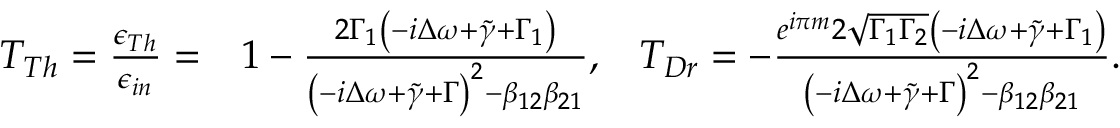
\begin{array} { r l r } { T _ { T h } = \frac { \epsilon _ { T h } } { \epsilon _ { i n } } = } & { 1 - \frac { 2 \Gamma _ { 1 } \left( - i \Delta \omega + \tilde { \gamma } + \Gamma _ { 1 } \right) } { \left( - i \Delta \omega + \tilde { \gamma } + \Gamma \right) ^ { 2 } - \beta _ { 1 2 } \beta _ { 2 1 } } , } & { T _ { D r } = - \frac { e ^ { i \pi m } 2 \sqrt { \Gamma _ { 1 } \Gamma _ { 2 } } \left( - i \Delta \omega + \tilde { \gamma } + \Gamma _ { 1 } \right) } { \left( - i \Delta \omega + \tilde { \gamma } + \Gamma \right) ^ { 2 } - \beta _ { 1 2 } \beta _ { 2 1 } } . } \end{array}